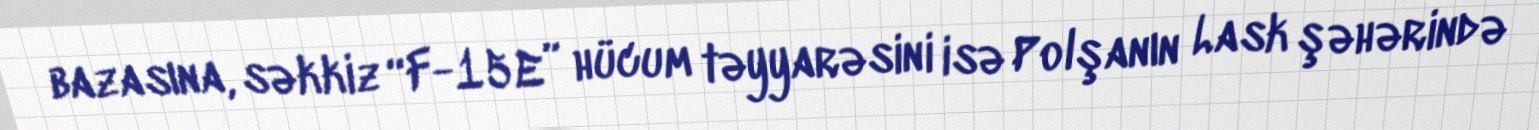
bazasına, səkkiz “F-15E” hücum təyyarəsini isə Polşanın Lask şəhərində